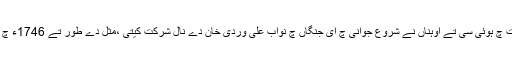
اینہاں دی پروش نواب علی وردی خان دے محلات چ ہوئی سی تے اوہناں نے شروع جوانی چ ای جنگاں چ نواب علی وردی خان دے نال شرکت کیتی ،مثل دے طور تے 1746ء چ مہاراشٹر دے مرہٹیاں دے خلاف جنگ چ حصہ ۔